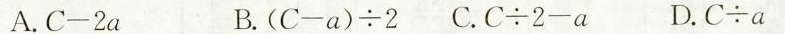
A.$$C - 2 a$$ B.$$( C - a ) {\div} 2$$C.$$C {\div} 2 - a$$ D.$$C {\div} a$$